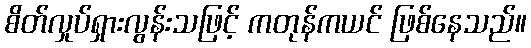
စိတ်လှုပ်ရှားလွန်းသဖြင့် ကတုန်ကယင် ဖြစ်နေသည်။